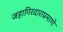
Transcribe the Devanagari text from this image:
जहागिरदाराप्रमाणे